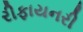
રીફાયનરી